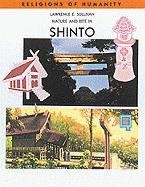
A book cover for Nature and Rite in Shinto (Rh) (Religions of Humanity); Lawrence Eugene Sullivan; Religion & Spirituality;